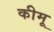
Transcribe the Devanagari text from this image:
कीमू